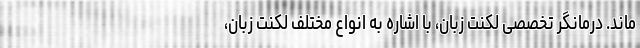
ماند. درمانگر تخصصی لکنت زبان، با اشاره به انواع مختلف لکنت زبان،